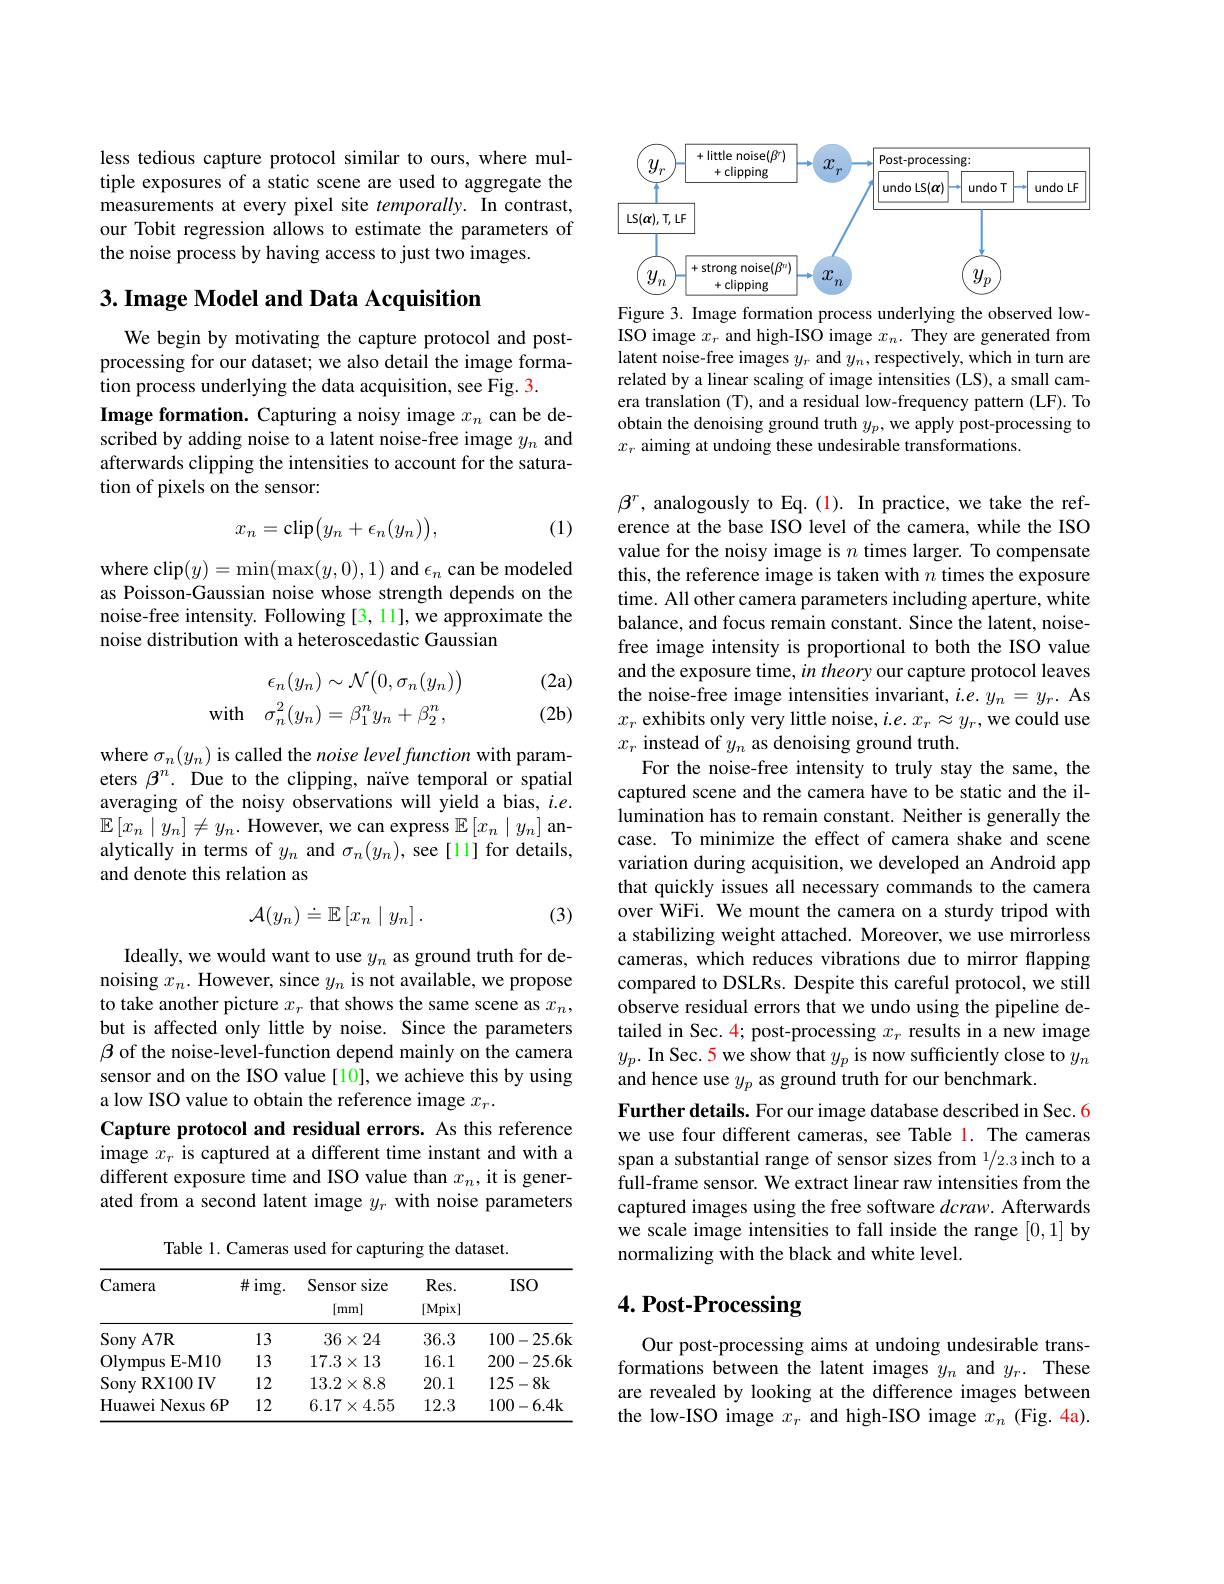
less tedious capture protocol similar to ours, where multiple exposures of a static scene are used to aggregate the measurements at every pixel site temporally. In contrast, our Tobit regression allows to estimate the parameters of the noise process by having access to just two images.

# 3. Image Model and Data Acquisition

We begin by motivating the capture protocol and postprocessing for our dataset; we also detail the image formation process underlying the data acquisition, see Fig. 3.
Image formation. Capturing a noisy image $x_n$ can be described by adding noise to a latent noise-free image $y_n$ and afterwards clipping the intensities to account for the saturation of pixels on the sensor:

(1)
$$x_n=\text{clip}\big(y_n+\epsilon_n(y_n)\big),$$
where clip$(y)=\operatorname*{min}(\max(y,0),1)$ and $\epsilon_n$ can be modeled as Poisson-Gaussian noise whose strength depends on the noise-free intensity. Following [3, 11], we approximate the noise distribution with a heteroscedastic Gaussian
$$\epsilon_{n}(y_{n})\sim\mathcal{N}\big(0,\sigma_{n}(y_{n})\big)\\\mathrm{with}\quad\sigma_{n}^{2}(y_{n})=\beta_{1}^{n}y_{n}+\beta_{2}^{n},$$
(2a) $(2\mathbf{b})$

where $\sigma_n(y_n)$ is called the noise level function with parameters $\beta^n.$ Due to the clipping, naïve temporal or spatial averaging of the noisy observations will yield a bias, $i.e.$ $\mathbb{E}\left[x_n\mid y_n\right]\neq y_n.$ However, we can express $\mathbb{E}\left[x_n\mid y_n\right]$ analytically in terms of $y_n$ and $\sigma_n(y_n)$, see [11] for details, and denote this relation as

(3)
$$\mathcal{A}(y_n)\doteq\mathbb{E}\left[x_n\mid y_n\right].$$
Ideally, we would want to use $y_n$ as ground truth for denoising $x_n.$ However, since $y_n$ is not available, we propose to take another picture $x_r$ that shows the same scene as $x_n$, but is affected only little by noise. Since the parameters $\beta$ of the noise-level-function depend mainly on the camera sensor and on the ISO value [10], we achieve this by using a low ISO value to obtain the reference image $x_r.$
Capture protocol and residual errors. As this reference image $x_r$ is captured at a different time instant and with a different exposure time and ISO value than $x_n$, it is generated from a second latent image $y_r$ with noise parameters

Table 1. Cameras used for capturing the dataset.
<table>
	<tbody>
		<tr>
			<th>Camera</th>
			<th>$\#$img.</th>
			<th>Sensor size $[mm]$</th>
			<th>$Res.$ [Mpix]</th>
			<th>$ISO$</th>
		</tr>
		<tr>
			<td>$\operatorname{Sony}$A7R</td>
			<td>13</td>
			<td>$36\times24$</td>
			<td>36.3</td>
			<td>100-25.6k</td>
		</tr>
		<tr>
			<td>Olympus $\mathbf{E-M10}$</td>
			<td>13</td>
			<td>$17.3\times13$</td>
			<td>16.1</td>
			<td>200-25.6k</td>
		</tr>
		<tr>
			<td>Sony RX100 IV </td>
			<td>12</td>
			<td>$13.2\times8.8$</td>
			<td>20.1</td>
			<td>125-8k</td>
		</tr>
		<tr>
			<td>Huawei i Nexus $6P$</td>
			<td>12</td>
			<td>$6.17\times4.55$</td>
			<td>12.3</td>
			<td>100-6.4k</td>
		</tr>
	</tbody>
</table>

<FigureHere>
Figure 3. Image formation process underlying the observed low-

ISO image $x_r$ and high-ISO image $x_n.$ They are generated from latent noise-free images $y_r$ and $y_n$, respectively, which in turn are related by a linear scaling of image intensities (LS), a small camera translation (T), and a residual low-frequency pattern (LF). To obtain the denoising ground truth $y_p$, we apply post-processing to $x_r$ aiming at undoing these undesirable transformations.

$\beta^r$, analogously to Eq.(1). In practice, we take the reference at the base ISO level of the camera, while the ISO value for the noisy image is $n$ times larger. To compensate this, the reference image is taken with $n$ times the exposure time. All other camera parameters including aperture, white balance, and focus remain constant. Since the latent, noisefree image intensity is proportional to both the ISO value and the exposure time, in theory our capture protocol leaves the noise-free image intensities invariant, $i.e.y_n=y_r.$ As $x_r$ exhibits only very little noise, $i.e.x_r\approx y_r$,we could use $x_r$ instead of $y_n$ as denoising ground truth
For the noise-free intensity to truly stay the same, the captured scene and the camera have to be static and the illumination has to remain constant. Neither is generally the case. To minimize the effect of camera shake and scene variation during acquisition, we developed an Android app that quickly issues all necessary commands to the camera over WiFi. We mount the camera on a sturdy tripod with a stabilizing weight attached. Moreover, we use mirrorless cameras, which reduces vibrations due to mirror flapping compared to DSLRs. Despite this careful protocol, we still observe residual errors that we undo using the pipeline detailed in Sec. 4; post-processing $x_r$ results in a new image $y_{p}.$ In Sec. 5 we show that $y_p$ is now sufficiently close to $y_n$ and hence use $y_p$ as ground truth for our benchmark.
Further details. For our image database described in Sec. 6 we use four different cameras, see Table 1. The cameras span a substantial range of sensor sizes from 1/2.3 inch to a full-frame sensor. We extract linear raw intensities from the captured images using the free software $dcraw.$ Afterwards we scale image intensities to fall inside the range [0,1] by normalizing with the black and white level.

## $4. \textbf{ Post- Processing}$

Our post-processing aims at undoing undesirable transformations between the latent images $y_n$ and $y_r.$ These are revealed by looking at the difference images between the low-ISO image $x_r$ and high-ISO image $x_n$ (Fig.4a).